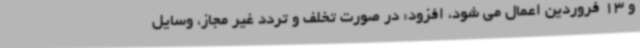
و 13 فروردین اعمال می شود، افزود: در صورت تخلف و تردد غیر مجاز، وسایل